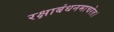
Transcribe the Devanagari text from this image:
रक्षाबंधनमाचरेत।